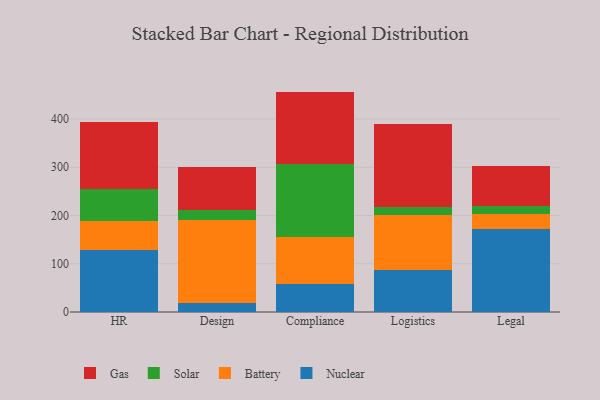
{"axis": {"x": "Department", "y": "Conversion Rate (%)"}, "legend": ["Battery", "Gas", "Nuclear", "Solar"], "data": [{"x": "HR", "y": 128.1, "type": "Nuclear"}, {"x": "HR", "y": 59.7, "type": "Battery"}, {"x": "HR", "y": 66.2, "type": "Solar"}, {"x": "HR", "y": 139.4, "type": "Gas"}, {"x": "Design", "y": 18.3, "type": "Nuclear"}, {"x": "Design", "y": 173.1, "type": "Battery"}, {"x": "Design", "y": 19.9, "type": "Solar"}, {"x": "Design", "y": 88.4, "type": "Gas"}, {"x": "Compliance", "y": 58.6, "type": "Nuclear"}, {"x": "Compliance", "y": 97.1, "type": "Battery"}, {"x": "Compliance", "y": 151.6, "type": "Solar"}, {"x": "Compliance", "y": 149.6, "type": "Gas"}, {"x": "Logistics", "y": 88.1, "type": "Nuclear"}, {"x": "Logistics", "y": 112.3, "type": "Battery"}, {"x": "Logistics", "y": 16.5, "type": "Solar"}, {"x": "Logistics", "y": 173.6, "type": "Gas"}, {"x": "Legal", "y": 171.7, "type": "Nuclear"}, {"x": "Legal", "y": 30.6, "type": "Battery"}, {"x": "Legal", "y": 16.5, "type": "Solar"}, {"x": "Legal", "y": 83.3, "type": "Gas"}]}